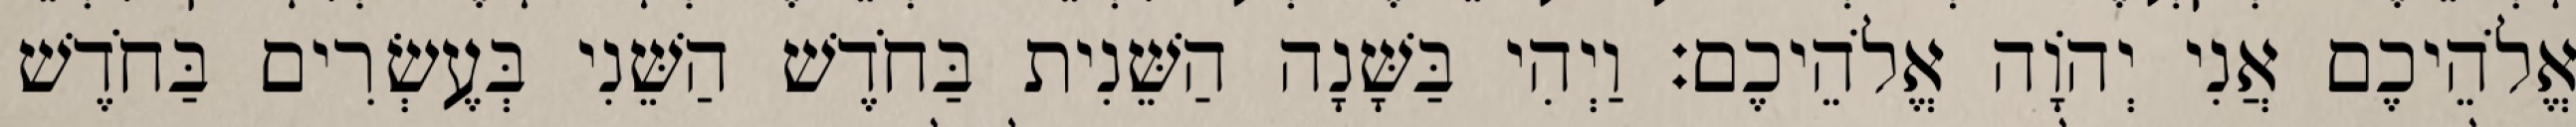
אֱלֹהֵיכֶם אֲנִי יְהוָֹה אֱלֹהֵיכֶם׃ וַיְהִי בַּשָּׁנָה הַשֵּׁנִית בַּחֹדֶשׁ הַשֵּׁנִי בְּעֶשְׂרִים בַּחֹדֶשׁ